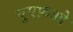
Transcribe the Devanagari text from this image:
युएफ़ओ